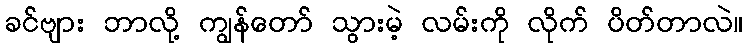
ခင်ဗျား ဘာလို့ ကျွန်တော် သွားမဲ့ လမ်းကို လိုက် ပိတ်တာလဲ။